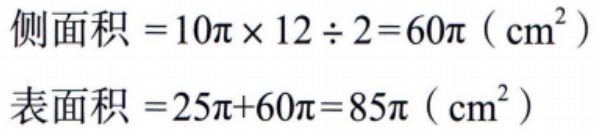
侧面积 \( = 10\pi\times12\div2 = 60\pi\ (\text{cm}^2)\)
表面积 \( = 25\pi + 60\pi = 85\pi\ (\text{cm}^2)\)